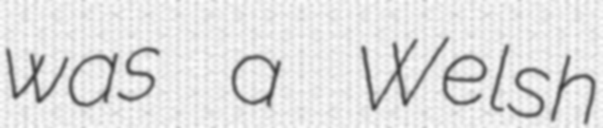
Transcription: was a Welsh